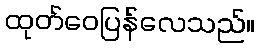
ထုတ်ဝေပြန်လေသည်။